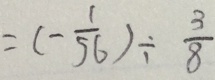
= ( - \frac { 1 } { 5 6 } ) \div \frac { 3 } { 8 }